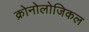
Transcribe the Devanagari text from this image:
क्रोनोलोजिकल